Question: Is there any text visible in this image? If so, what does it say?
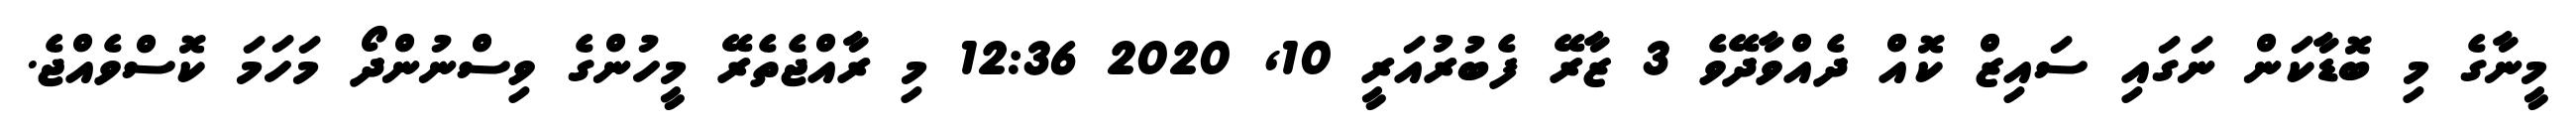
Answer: މީނާގެ މި ބޮޑާކަން ނަގައި ސައިޒް ކޮއް ދެއްވާދޭވެ 3 ޒާރޭ ފެބުރުއަރީ 10, 2020 12:36 މި ރާއްޖެތެރޭ މީހުންގެ ވިސްނުންދޯ މަހަމަ ކޮސްވެއްޖެ.